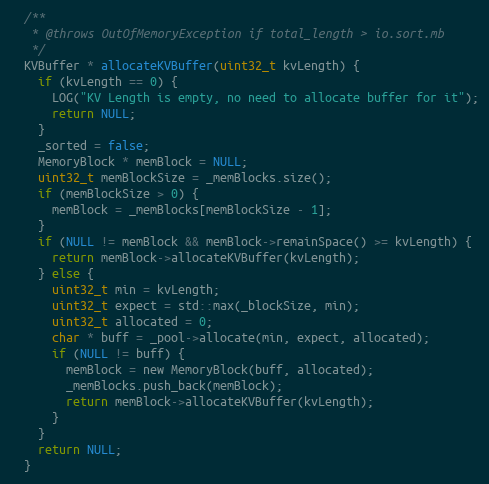
Language: C
  /**
   * @throws OutOfMemoryException if total_length > io.sort.mb
   */
  KVBuffer * allocateKVBuffer(uint32_t kvLength) {
    if (kvLength == 0) {
      LOG("KV Length is empty, no need to allocate buffer for it");
      return NULL;
    }
    _sorted = false;
    MemoryBlock * memBlock = NULL;
    uint32_t memBlockSize = _memBlocks.size();
    if (memBlockSize > 0) {
      memBlock = _memBlocks[memBlockSize - 1];
    }
    if (NULL != memBlock && memBlock->remainSpace() >= kvLength) {
      return memBlock->allocateKVBuffer(kvLength);
    } else {
      uint32_t min = kvLength;
      uint32_t expect = std::max(_blockSize, min);
      uint32_t allocated = 0;
      char * buff = _pool->allocate(min, expect, allocated);
      if (NULL != buff) {
        memBlock = new MemoryBlock(buff, allocated);
        _memBlocks.push_back(memBlock);
        return memBlock->allocateKVBuffer(kvLength);
      }
    }
    return NULL;
  }